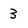
Character: 3